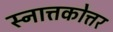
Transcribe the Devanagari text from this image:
स्नात्तकोत्तर